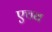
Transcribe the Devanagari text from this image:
एचब